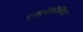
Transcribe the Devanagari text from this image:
एसचेरिचिया